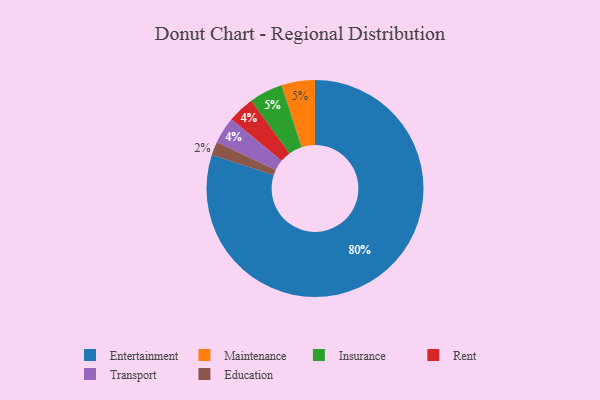
{"axis": {"x": "Category", "y": "Percentage"}, "legend": ["Education", "Entertainment", "Insurance", "Maintenance", "Rent", "Transport"], "data": [{"x": "Entertainment", "y": 80, "type": "Entertainment"}, {"x": "Education", "y": 2, "type": "Education"}, {"x": "Rent", "y": 4, "type": "Rent"}, {"x": "Transport", "y": 4, "type": "Transport"}, {"x": "Maintenance", "y": 5, "type": "Maintenance"}, {"x": "Insurance", "y": 5, "type": "Insurance"}]}